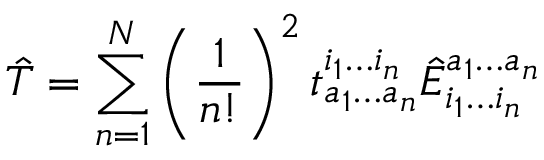
\hat { T } = \sum _ { n = 1 } ^ { N } \left( \frac { 1 } { n ! } \right) ^ { 2 } t _ { a _ { 1 } \ldots a _ { n } } ^ { i _ { 1 } \ldots i _ { n } } \hat { E } _ { i _ { 1 } \ldots i _ { n } } ^ { a _ { 1 } \ldots a _ { n } }